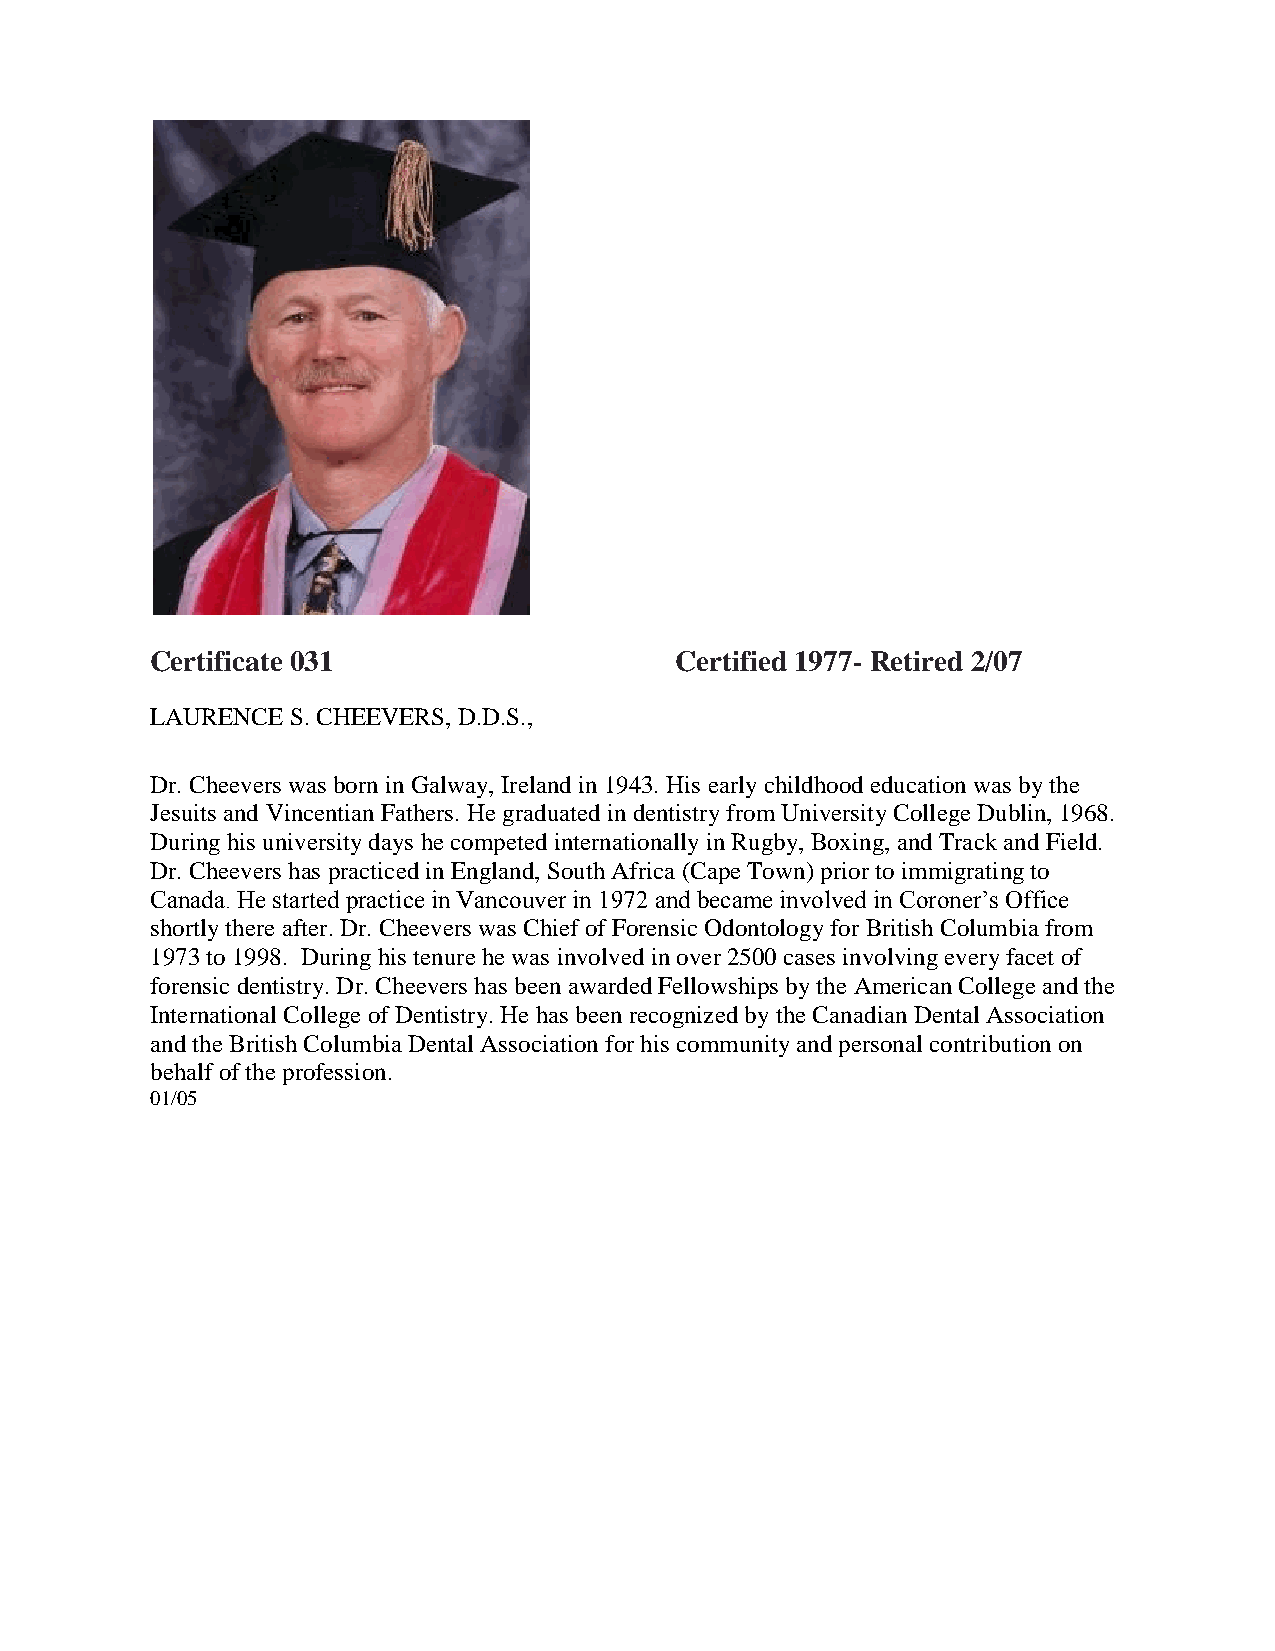
Certificate 031                    Certified 1977- Retired 2/07
 LAURENCE S. CHEEVERS, D.D.S.,
 Dr. Cheevers was born in Galway, Ireland in 1943. His early childhood education was by the
 Jesuits and Vincentian Fathers. He graduated in dentistry from University College Dublin, 1968.
 During his university days he competed internationally in Rugby, Boxing, and Track and Field.
 Dr. Cheevers has practiced in England, South Africa (Cape Town) prior to immigrating to
 Canada. He started practice in Vancouver in 1972 and became involved in Coroner’s Office
 shortly there after. Dr. Cheevers was Chief of Forensic Odontology for British Columbia from
 1973 to 1998. During his tenure he was involved in over 2500 cases involving every facet of
 forensic dentistry. Dr. Cheevers has been awarded Fellowships by the American College and the
 International College of Dentistry. He has been recognized by the Canadian Dental Association
 and the British Columbia Dental Association for his community and personal contribution on
 behalf of the profession.
 01/05